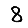
Digit: 8